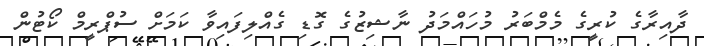
ދާއިރާގެ ކުރީގެ މެމްބަރު މުހައްމަދު ނާޝިޒުގެ ގޮޑި ގެއްލިފައިވާ ކަމަށް ސުޕްރީމް ކޯޓުން